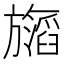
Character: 𬀝